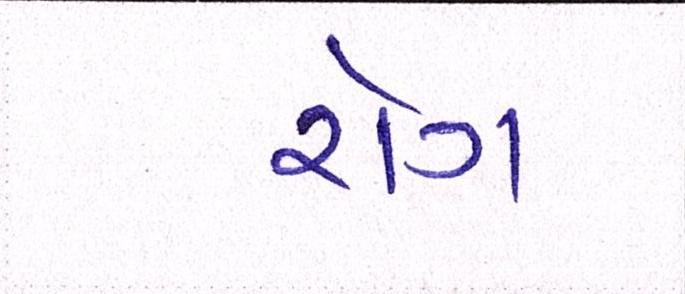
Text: રોગ